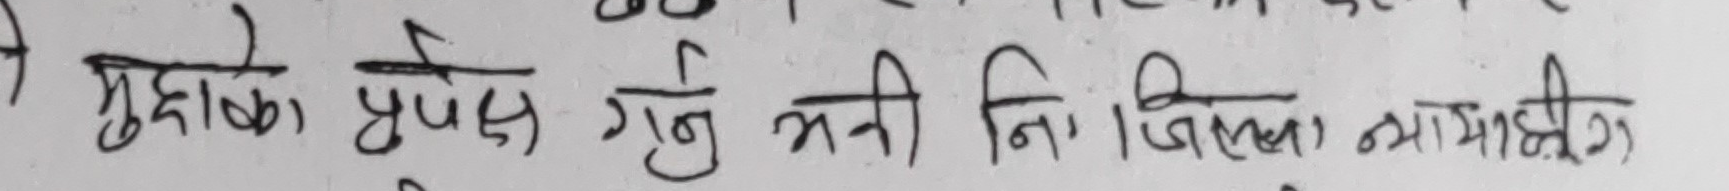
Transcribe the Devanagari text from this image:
मुद्दाको प्रवेश गर्नु भनी नि जिल्ला न्यायाधीश